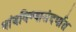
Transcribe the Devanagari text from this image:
थांबविण्यासंदर्भात